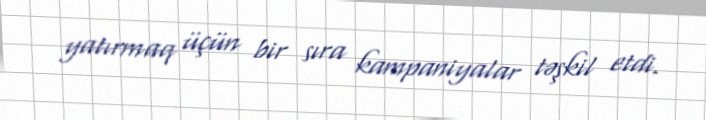
yatırmaq üçün bir sıra kampaniyalar təşkil etdi.